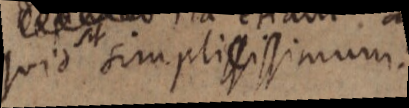
quid sit simplicissimum.